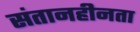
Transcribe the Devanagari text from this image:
संतानहीनता